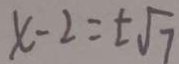
x - 2 = \pm \sqrt { 7 }